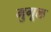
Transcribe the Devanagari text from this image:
मुगूल